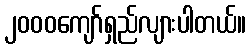
၂၀၀၀ကျော်ရှည်လျားပါတယ်။